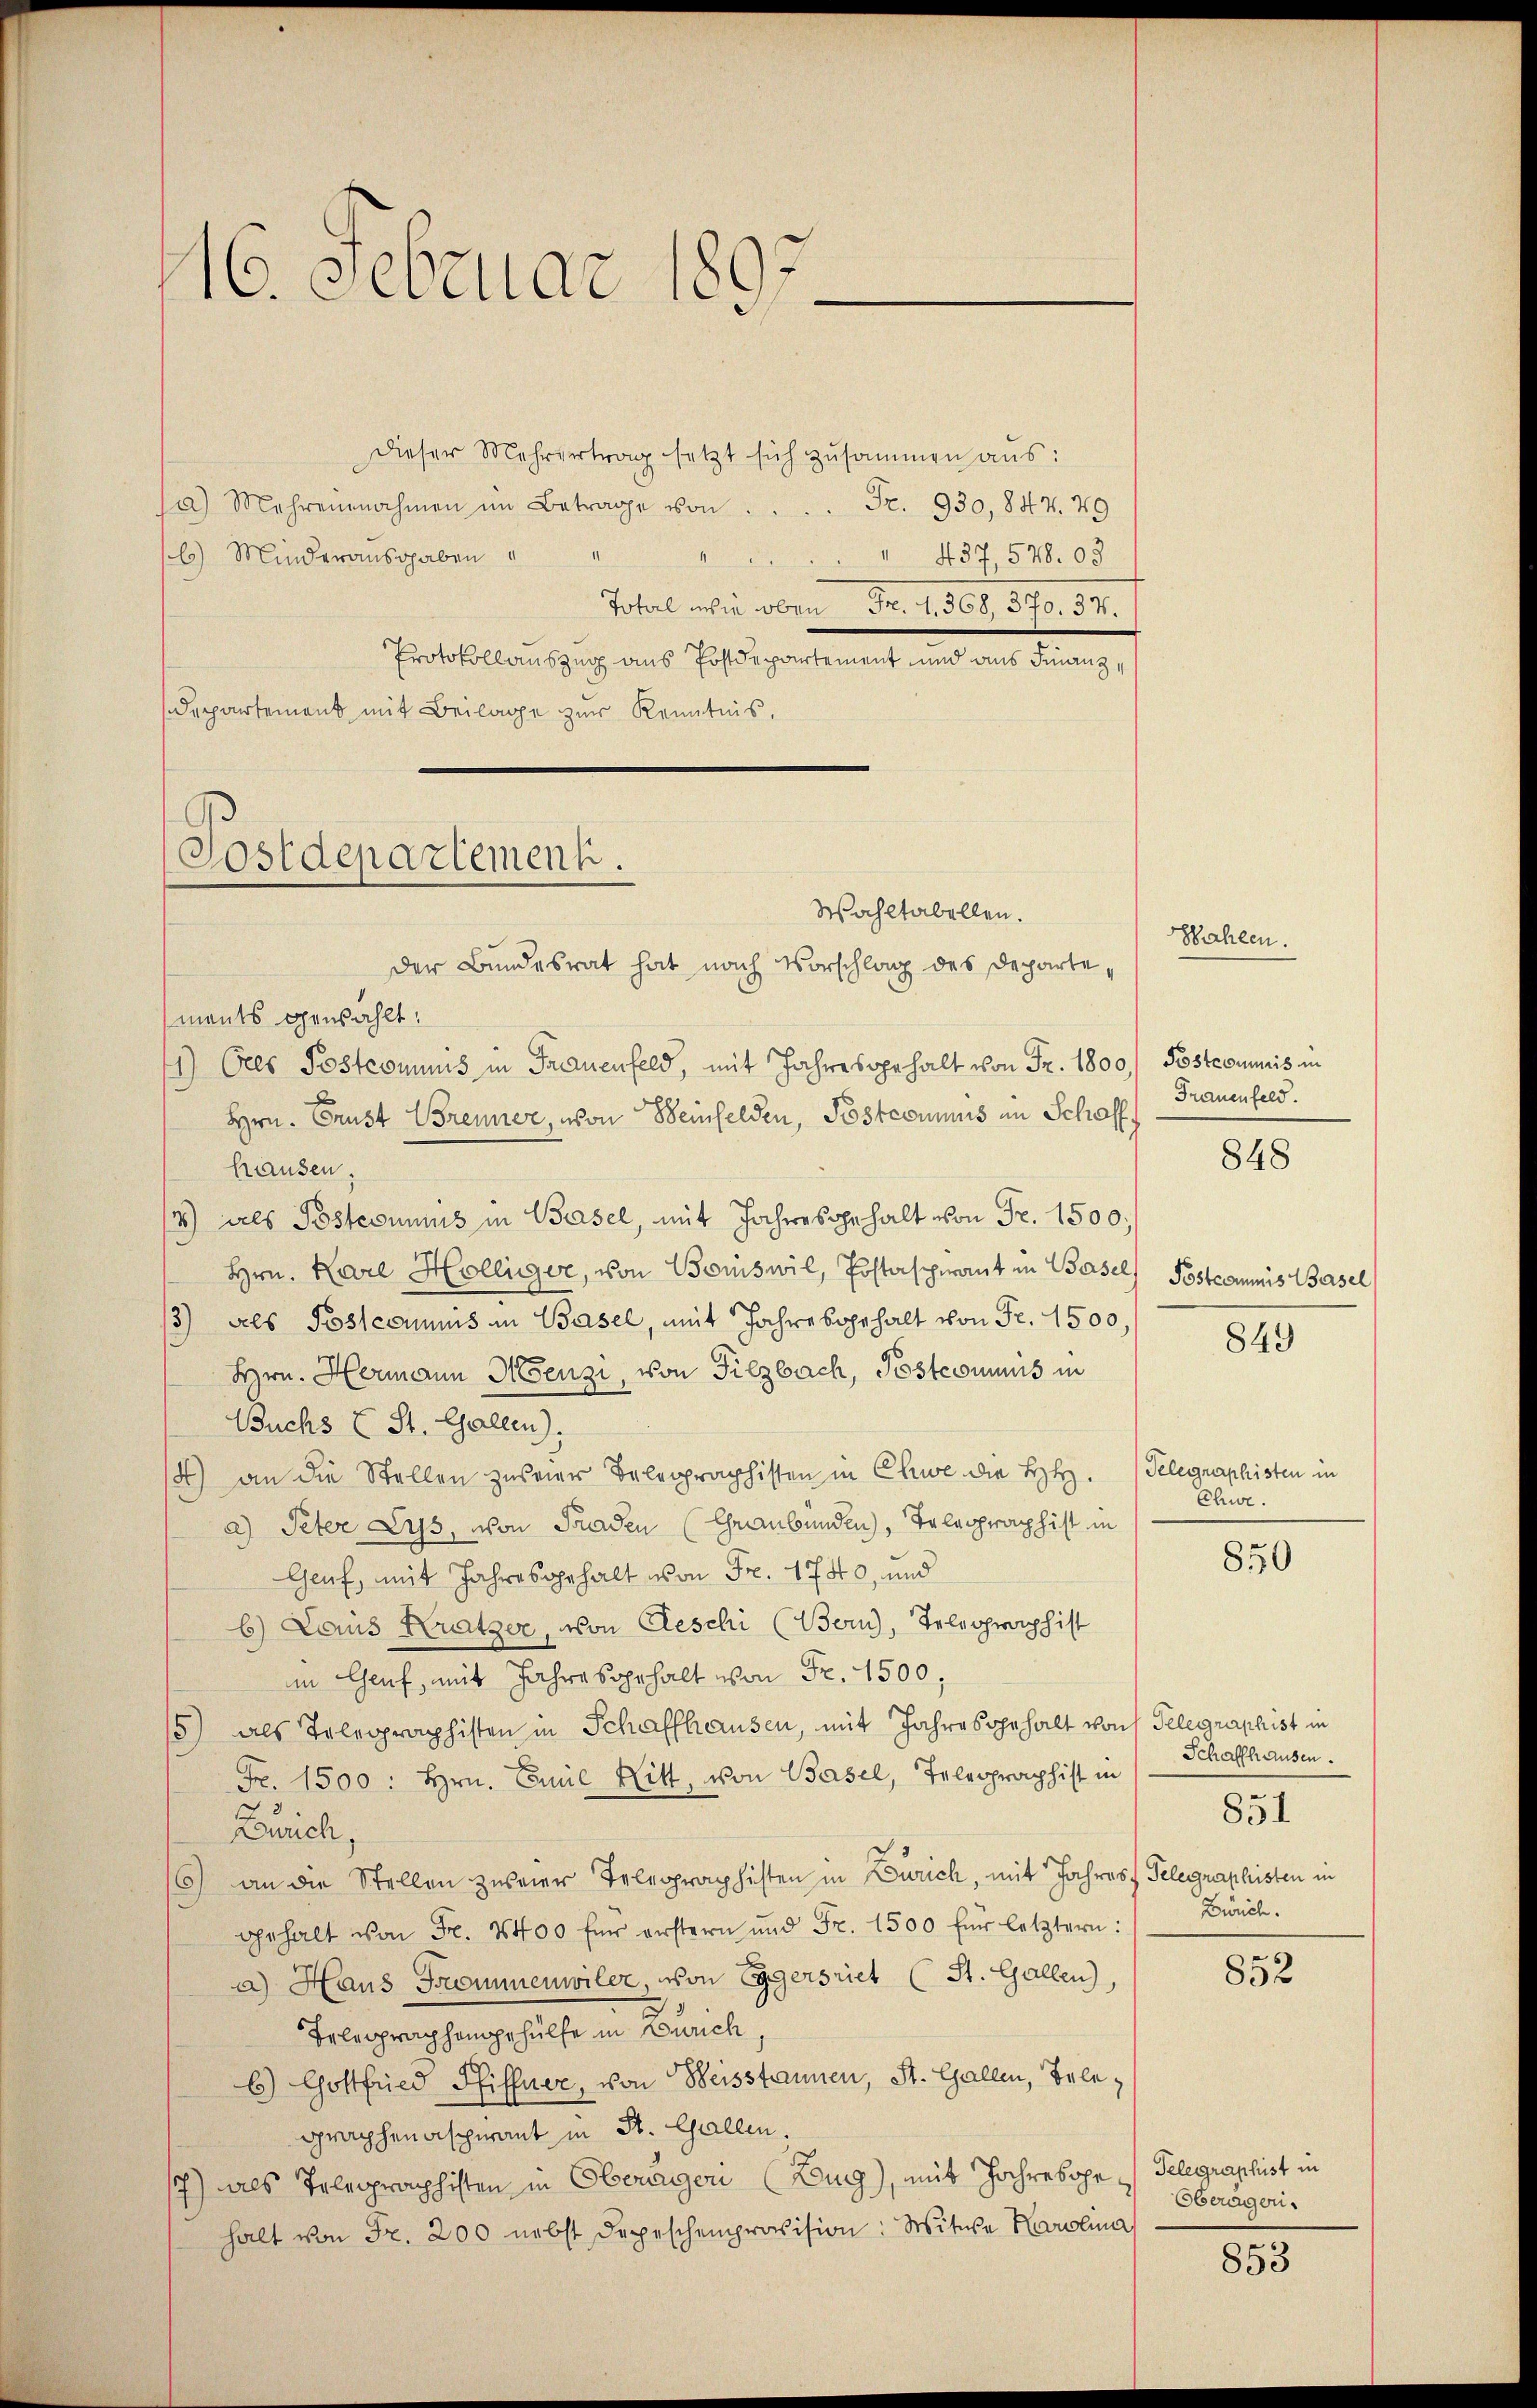
16. Februar 1897
e

Dieser Mehrvertrag setzt sich zusammen aŭs:
a) Mehreinnahmen im Betrage von  ..  ..  ..  ..  Fr. 930,847. 49
d
6) Minderausgaben
 437, 578. 03
Total wie oben Fr. 1. 368, 370. 37.
Protokollauszug aus Postdepartement und aus Finanz¬
Departement mit Beilage zur Kenntnis.

Postdepartement.
Wahltabellen.

der Bundesrat hat nach Vorschlag des Departe,
ments genzählt:
11.) Ores Postcommis in Frauenfeld, mit Jahresgehalt von Fr. 1800. Postcommis in
Hrn. Prust Brenner, von Weinfelden, Posteriums im Schaffh
hausen.
4) als Postcommis in Basel, mit Jahres gehalt von Fr. 1500,
Hrn. Karl Hollier, von Boiswil, Postaspirant in Basel, Postcommis Basel
3) als Postcommis in Basel, mit Jahre begehalt von Fr. 1500
Hrn. Hermann Menzi, von Filzbach, Postcommis in
Buchs E St. Gallen).
4) an die Stellen zuster Belegraphisten in Chwe die HH.
a) Peter Lys, von Graden (Graubünden), Telegraphist in
Geuf, mit Jahresgehalt von Fr. 1740, und
b) Laus Kratzer, von Geschi (Bern, Telegraphist
im Chauf, mit Jahres gehalt von Fr. 1500.
15) als Telegraphisten in Schaffhausen, mit Jahresgehalt von Telegraphist in
Fr. 1500 : Hrn. Emil Ritt, von Basel, Telegraphist in
13.
Durich,
6) an die Stellen zusier Telegraphisten in Zürich, mit Jahres Telegraphisten in
gehalt von Fr. 2400 für erstern und Fr. 1500 für letztern:
a) Haus Trommenwiler, von Eggersriet (St. Gallen),
Belegraphengehülfe in Zürich
6) Gottfried Pfiffner, von Weisstannen, St. Gallen, Belegraphenasperant in St. Gallen.
s) als Telegraphisten in Oberäger (Zugg), mit Jahresope Telegraphist in
halt von Fr. 200 nebst Depeschenprovision: Witwe Karolina

Wahlen.
Frauenfeld.

848

849

Telegraphisten in
Chwe.

850

Schaffhausen.
Bürch.

852

851

Oberagen.

853